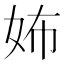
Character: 㚴